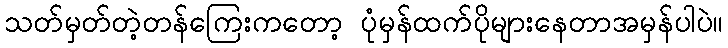
သတ်မှတ်တဲ့တန်ကြေးကတော့ ပုံမှန်ထက်ပိုများနေတာအမှန်ပါပဲ။